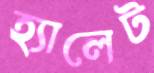
হ্যালেট